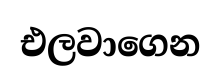
එලවාගෙන